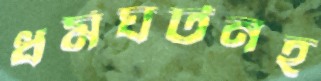
ধর্মঘটনহ